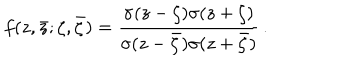
f ( z , \bar { z } ; \zeta , \bar { \zeta } ) = { \frac { \sigma ( { z - \zeta } ) \sigma ( { z + \zeta } ) } { \sigma ( { z - \bar { \zeta } } ) \sigma ( { z + \bar { \zeta } } ) } } \, .